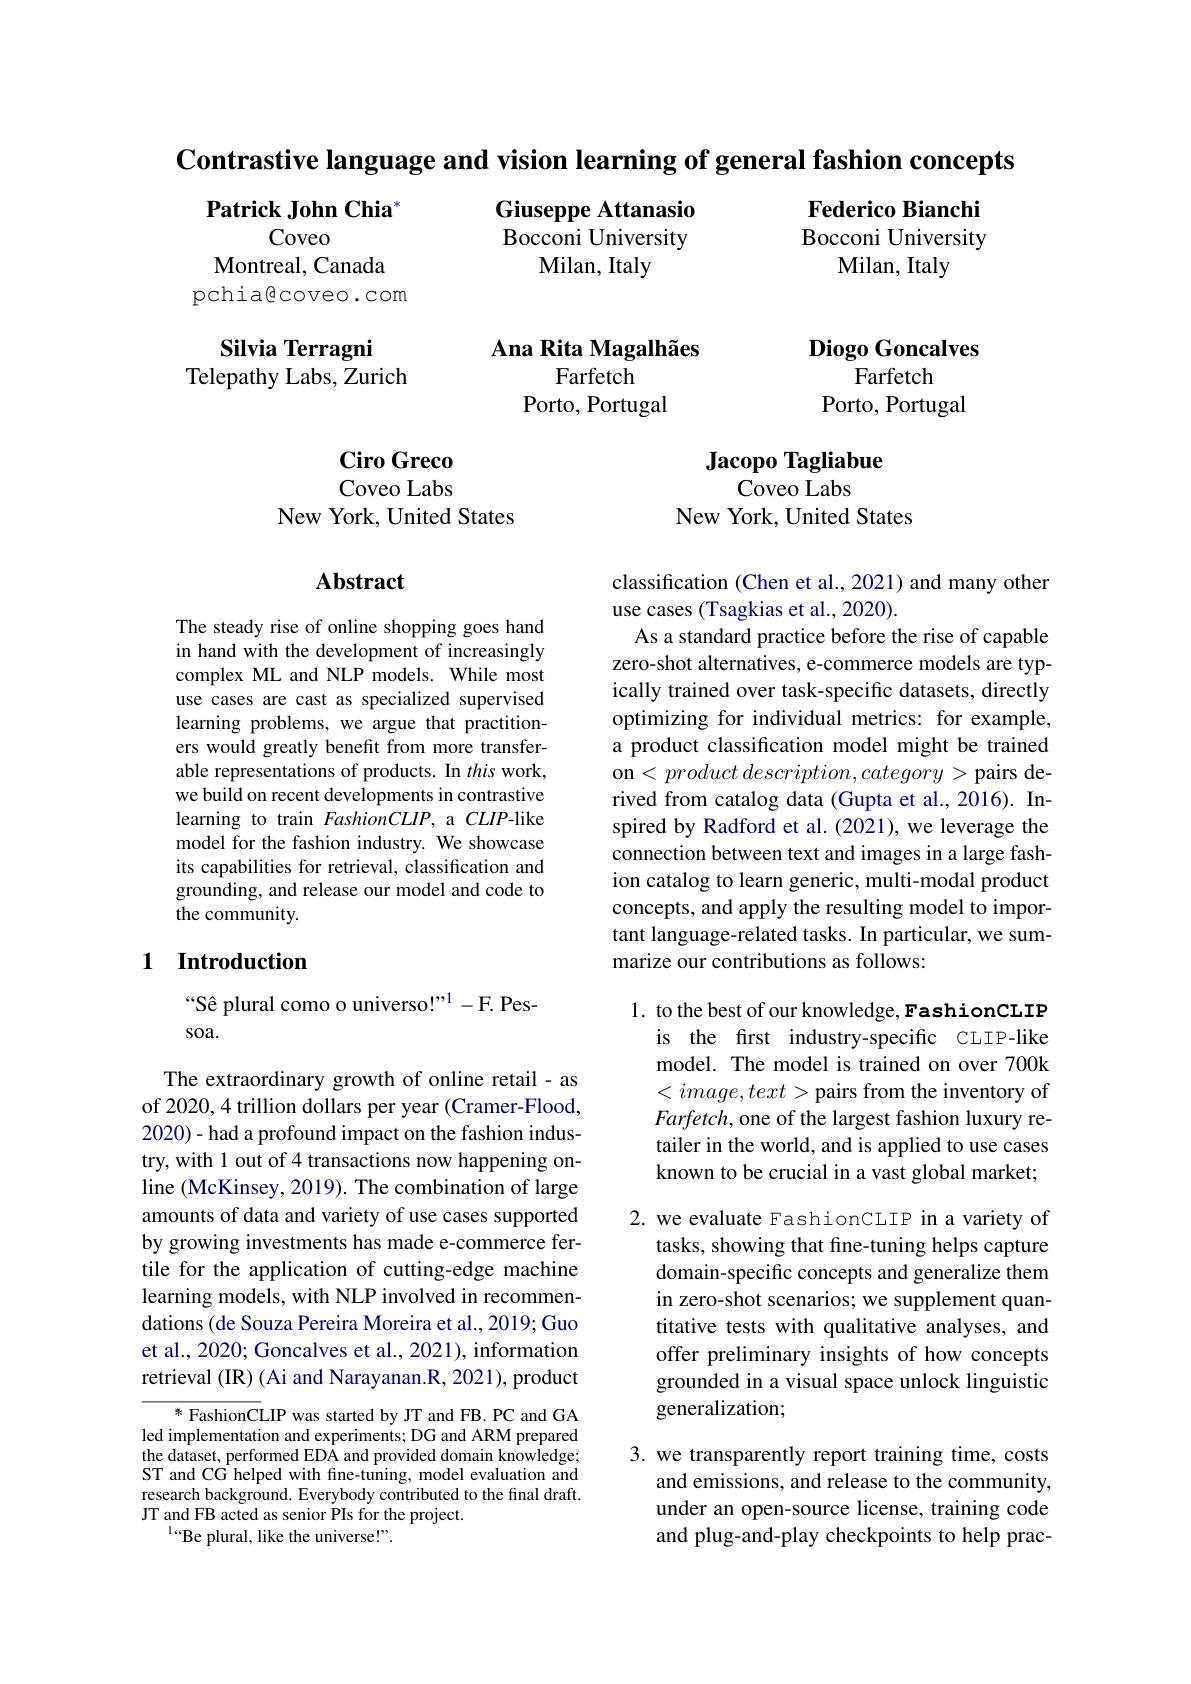
$\textbf{Contrastive language and vision learning of general fashion concepts}$

Federico Bianchi

$\textbf{Patrick John Chia}^{*}$

Bocconi University

Giuseppe Attanasio Bocconi University
Milan, Italy

Milan, Italy

Coveo
Montreal, Canada
pchia@coveo.com

# Silvia Terragni Telepathy Labs, Zurich

Ana Rita Magalhães
Farfetch
Porto, Portugal

Diogo Goncalves
Farfetch
Porto, Portugal

Jacopo Tagliabue
Coveo Labs

$\textbf{Ciro Greco}$ Coveo Labs
New York, United States

New York, United States

# Abstract

The steady rise of online shopping goes hand in hand with the development of increasingly complex ML and NLP models. While most use cases are cast as specialized supervised learning problems, we argue that practitioners would greatly benefit from more transferable representations of products. In this work, we build on recent developments in contrastive learning to train FashionCLIP, a CLIP-like model for the fashion industry. We showcase its capabilities for retrieval, classification and grounding, and release our model and code to the community.

classification (Chen et al., 2021) and many other
use cases (Tsagkias et al., 2020).
As a standard practice before the rise of capable zero-shot alternatives, e-commerce models are typically trained over task-specific datasets, directly optimizing for individual metrics: for example, a product classification model might be trained on$< product\textit{description}, category>$pairs derived from catalog data (Gupta et al., 2016). Inspired by Radford et al.(2021), we leverage the connection between text and images in a large fashion catalog to learn generic, multi-modal product concepts, and apply the resulting model to important language-related tasks. In particular, we summarize our contributions as follows:

## 1 Introduction

“Sê plural como o universo!”1-F. Pes-
soa.

1. to the best of our knowledge, FashionCLIP
is the first industry-specific CLIP-like model. The model is trained on over 700k $<image,text>$pairs from the inventory of $Farfetch$, one of the largest fashion luxury retailer in the world, and is applied to use cases known to be crucial in a vast global market;

The extraordinary growth of online retail - as of 2020, 4 trillion dollars per year (Cramer-Flood, 2020)- had a profound impact on the fashion industry, with l out of 4 transactions now happening online (McKinsey, 2019). The combination of large amounts of data and variety of use cases supported by growing investments has made e-commerce fertile for the application of cutting-edge machine learning models, with NLP involved in recommendations (de Souza Pereira Moreira et al., 2019; Guo et al., 2020; Goncalves et al., 2021), information retrieval (IR) (Ai and Narayanan.R, 2021), product

2. we evaluate FashionCLIP in a variety of
tasks, showing that fine-tuning helps capture domain-specific concepts and generalize them in zero-shot scenarios; we supplement quantitative tests with qualitative analyses, and offer preliminary insights of how concepts grounded in a visual space unlock linguistic generalization;

* FashionCLIP was started by JT and FB. PC and GA led implementation and experiments; DG and ARM prepared the dataset, performed EDA and provided domain knowledge; ST and CG helped with fine-tuning, model evaluation and research background. Everybody contributed to the final draft. JT and FB acted as senior PIs for the project.
$^{\text{l“Be plural, like the universe!”}}.$

3. we transparently report training time, costs
and emissions, and release to the community, under an open-source license, training code and plug-and-play checkpoints to help prac-